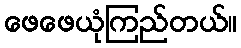
ဖေဖေယုံကြည်တယ်။